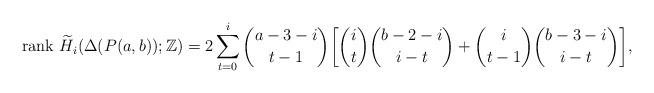
LaTeX: \begin{align*} \mathrm{rank}\ \widetilde H_i (\Delta ( P(a,b) ); \mathbb Z )= 2 \sum_{t=0}^i \binom{a-3-i}{t-1} \bigg[ \binom{i}{t}\binom{b-2-i}{i-t} + \binom{i}{t-1}\binom{b-3-i}{i-t} \bigg], \end{align*}